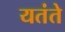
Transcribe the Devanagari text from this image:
यतंते